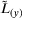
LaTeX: { \tilde { L } } _ { ( y ) }